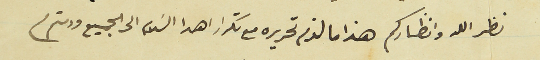
نظر الله وانظاركم هذا ما لزم تحريره مع تكرار اهدا السَلام الى الجميع ودمتم